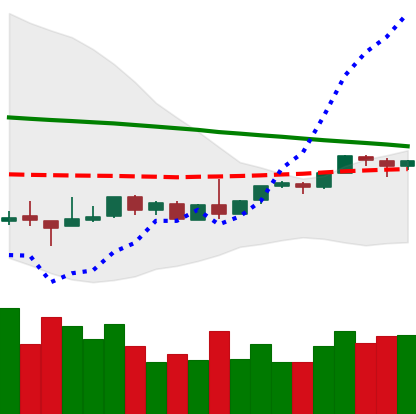
Ticker: BTC-USD
Chart end date: 2018-08-31
Forward return: -3.478%
Label: down_3_5